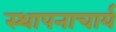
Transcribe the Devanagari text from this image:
स्थापनाचार्य